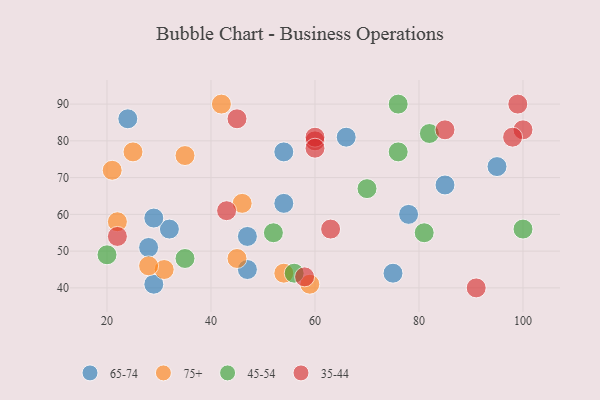
{"axis": {"x": "GDP", "y": "Life Expectancy"}, "legend": ["35-44", "45-54", "65-74", "75+"], "data": [{"x": "29", "y": 41, "type": "65-74"}, {"x": "32", "y": 56, "type": "65-74"}, {"x": "24", "y": 86, "type": "65-74"}, {"x": "95", "y": 73, "type": "65-74"}, {"x": "29", "y": 59, "type": "65-74"}, {"x": "78", "y": 60, "type": "65-74"}, {"x": "47", "y": 54, "type": "65-74"}, {"x": "85", "y": 68, "type": "65-74"}, {"x": "54", "y": 63, "type": "65-74"}, {"x": "54", "y": 77, "type": "65-74"}, {"x": "75", "y": 44, "type": "65-74"}, {"x": "47", "y": 45, "type": "65-74"}, {"x": "28", "y": 51, "type": "65-74"}, {"x": "66", "y": 81, "type": "65-74"}, {"x": "22", "y": 58, "type": "75+"}, {"x": "21", "y": 72, "type": "75+"}, {"x": "42", "y": 90, "type": "75+"}, {"x": "54", "y": 44, "type": "75+"}, {"x": "59", "y": 41, "type": "75+"}, {"x": "45", "y": 48, "type": "75+"}, {"x": "46", "y": 63, "type": "75+"}, {"x": "31", "y": 45, "type": "75+"}, {"x": "28", "y": 46, "type": "75+"}, {"x": "25", "y": 77, "type": "75+"}, {"x": "35", "y": 76, "type": "75+"}, {"x": "76", "y": 77, "type": "45-54"}, {"x": "35", "y": 48, "type": "45-54"}, {"x": "70", "y": 67, "type": "45-54"}, {"x": "52", "y": 55, "type": "45-54"}, {"x": "81", "y": 55, "type": "45-54"}, {"x": "100", "y": 56, "type": "45-54"}, {"x": "56", "y": 44, "type": "45-54"}, {"x": "20", "y": 49, "type": "45-54"}, {"x": "76", "y": 90, "type": "45-54"}, {"x": "82", "y": 82, "type": "45-54"}, {"x": "22", "y": 54, "type": "35-44"}, {"x": "58", "y": 43, "type": "35-44"}, {"x": "63", "y": 56, "type": "35-44"}, {"x": "100", "y": 83, "type": "35-44"}, {"x": "60", "y": 80, "type": "35-44"}, {"x": "99", "y": 90, "type": "35-44"}, {"x": "60", "y": 81, "type": "35-44"}, {"x": "98", "y": 81, "type": "35-44"}, {"x": "60", "y": 78, "type": "35-44"}, {"x": "91", "y": 40, "type": "35-44"}, {"x": "45", "y": 86, "type": "35-44"}, {"x": "43", "y": 61, "type": "35-44"}, {"x": "85", "y": 83, "type": "35-44"}]}